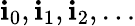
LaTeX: \mathbf{i}_{0},\mathbf{i}_{1},\mathbf{i}_{2},\dots